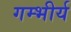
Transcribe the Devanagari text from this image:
गम्भीर्य